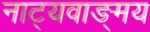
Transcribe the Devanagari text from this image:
नाट्यवाङ्‌मय